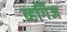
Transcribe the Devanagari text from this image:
व्हर्गिज